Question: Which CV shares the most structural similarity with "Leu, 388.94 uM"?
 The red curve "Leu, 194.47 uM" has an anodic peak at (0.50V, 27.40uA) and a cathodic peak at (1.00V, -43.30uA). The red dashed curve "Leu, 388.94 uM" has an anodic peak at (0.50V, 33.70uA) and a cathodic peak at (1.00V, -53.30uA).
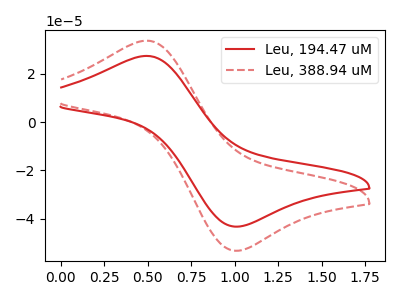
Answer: <think>All the peaks in "Leu, 194.47 uM" have a peak in "Leu, 388.94 uM" at the same potential. Every peak in "Leu, 194.47 uM" is lower than every peak in "Leu, 388.94 uM".
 </think>
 <answer>The CV with the most similar shape to "Leu, 194.47 uM" is "Leu, 388.94 uM".</answer>
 <eval>"Leu, 388.94 uM"</eval>